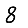
Digit: 8